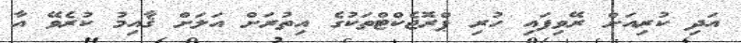
އަދި ކުރިއަށް ރޭވިފައި ހުރި ޕްރޮޖެކްޓްތަކުގެ އިތުރަށް އަލަށް ޤާއިމު ކުރެވޭ އާ